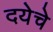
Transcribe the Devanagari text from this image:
दयेचे